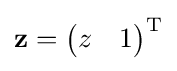
\mathbf {z} ={\begin{pmatrix}z&1\end{pmatrix}}^{\text{T}}